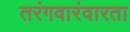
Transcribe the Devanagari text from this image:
तरंगवारंवारता